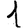
Digit: 1